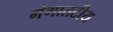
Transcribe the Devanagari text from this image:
गंगातटीय